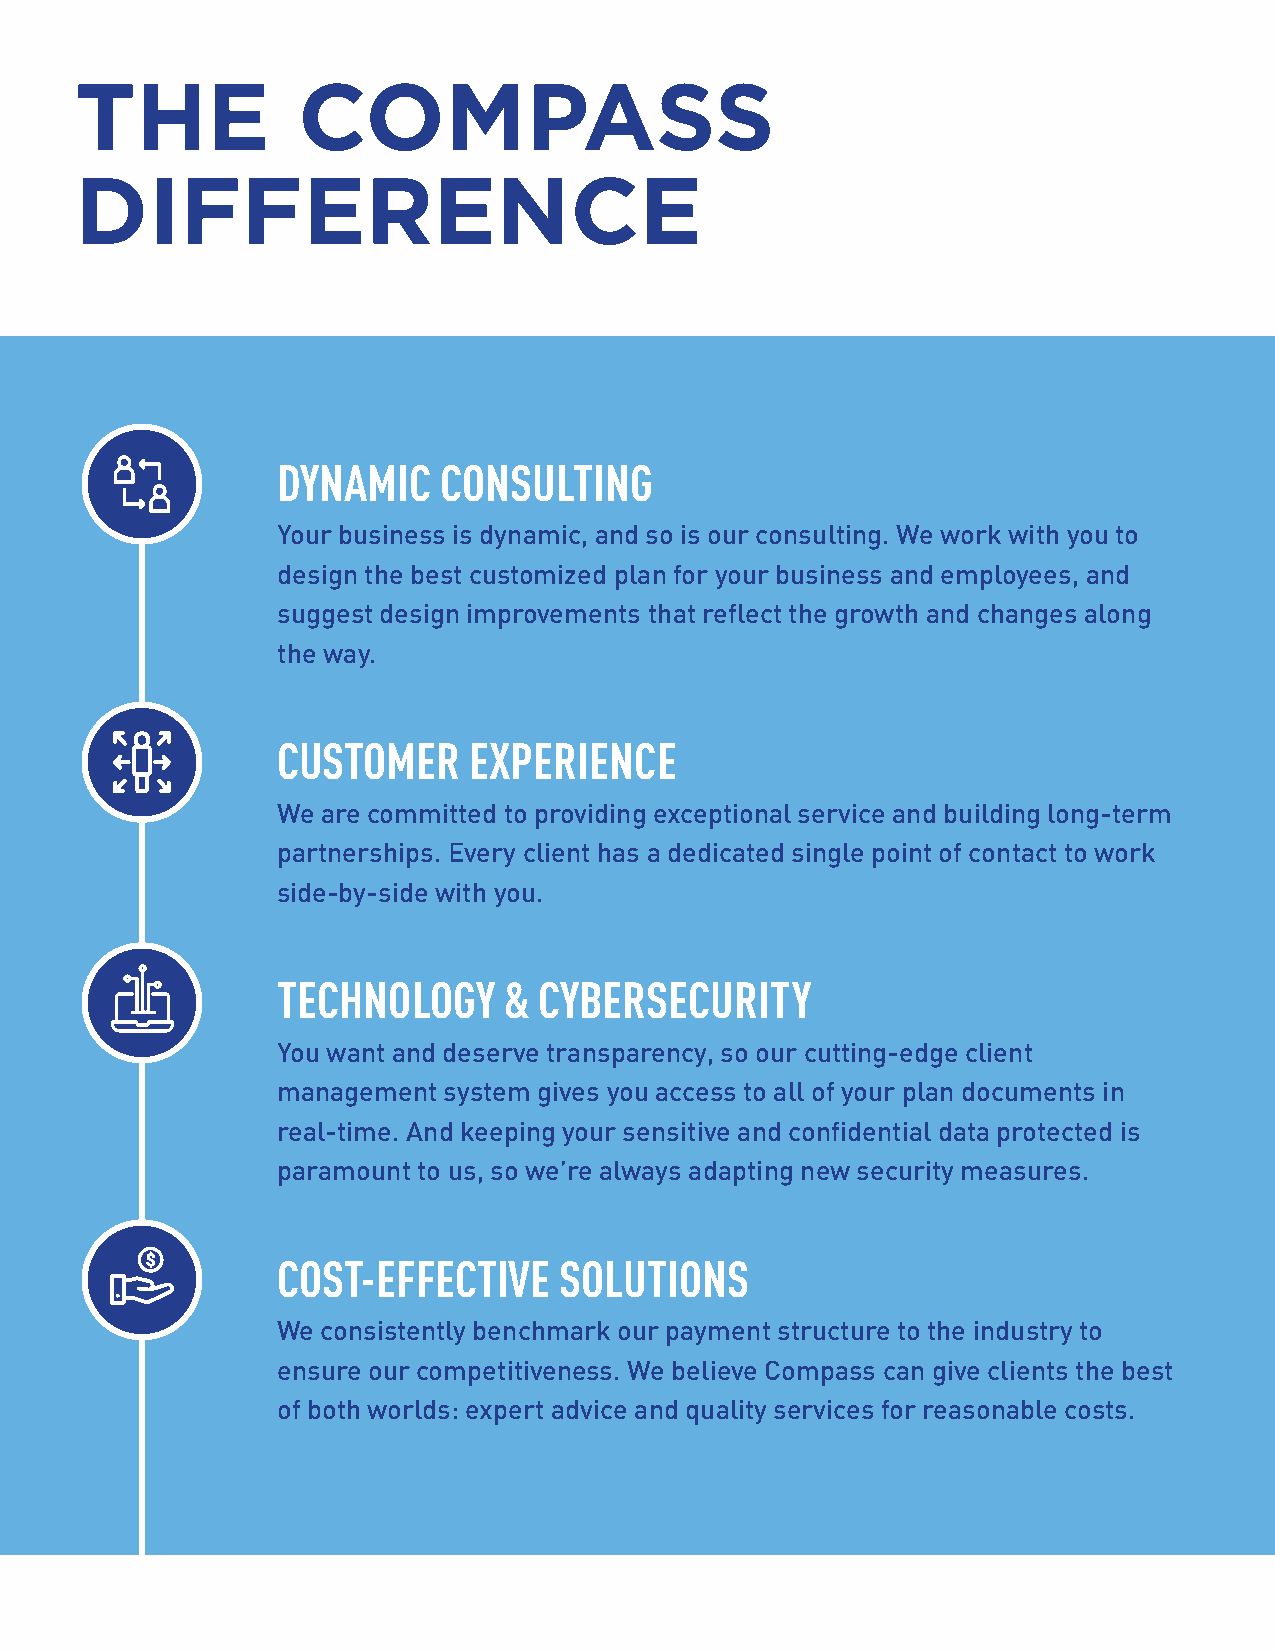
THE            COMPASS
 DIFFERENCE
 DYNAMIC    CONSULTING
 Your business is dynamic, and so is our consulting. We work with you to
 design the best customized plan for your business and employees, and
 suggest design improvements that reflect the growth and changes along
 the way.
 CUSTOMER     EXPERIENCE
 We are committed to providing exceptional service and building long-term
 partnerships. Every client has a dedicated single point of contact to work
 side-by-side with you.
 TECHNOLOGY     &  CYBERSECURITY
 You want and deserve transparency, so our cutting-edge client
 management system gives you access to all of your plan documents in
 real-time. And keeping your sensitive and confidential data protected is
 paramount to us, so we’re always adapting new security measures.
 COST-EFFECTIVE     SOLUTIONS
 We consistently benchmark our payment structure to the industry to
 ensure our competitiveness. We believe Compass can give clients the best
 of both worlds: expert advice and quality services for reasonable costs.